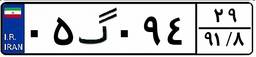
۰۵گ۰۹۴۲۹